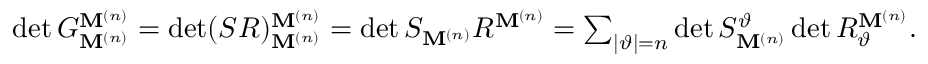
\begin{array} { r } { \det G _ { \mathbf { M } ^ { ( n ) } } ^ { \mathbf { M } ^ { ( n ) } } = \det ( S R ) _ { \mathbf { M } ^ { ( n ) } } ^ { \mathbf { M } ^ { ( n ) } } = \det S _ { \mathbf { M } ^ { ( n ) } } R ^ { \mathbf { M } ^ { ( n ) } } = \sum _ { | \vartheta | = n } \det S _ { \mathbf { M } ^ { ( n ) } } ^ { \vartheta } \det R _ { \vartheta } ^ { \mathbf { M } ^ { ( n ) } } . } \end{array}